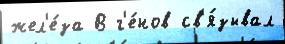
жел'е́за В г'е́нов св'я́зывал